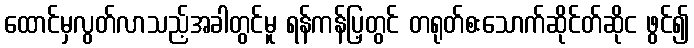
ထောင်မှလွတ်လာသည့်အခါတွင်မူ ရန်ကန်ပြ့တွင် တရုတ်စးသောက်ဆိုင်တ်ဆိုင ဖွင်၍